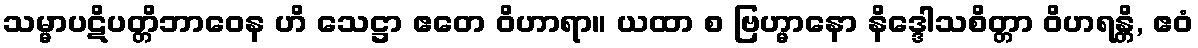
သမ္မာပဋိပတ္တိဘာဝေန ဟိ သေဋ္ဌာ ဧတေ ဝိဟာရာ။ ယထာ စ ဗြဟ္မာနော နိဒ္ဒေါသစိတ္တာ ဝိဟရန္တိ, ဧဝံ